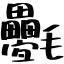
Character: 氎